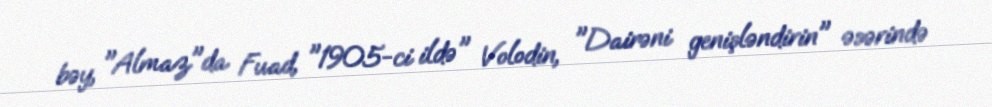
bəy, "Almaz"da Fuad, "1905-ci ildə" Volodin, "Dairəni genişləndirin" əsərində